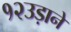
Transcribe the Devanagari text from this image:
१२उड़ानें